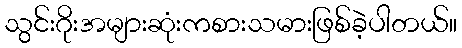
သွင်းဂိုးအများဆုံးကစားသမားဖြစ်ခဲ့ပါတယ်။